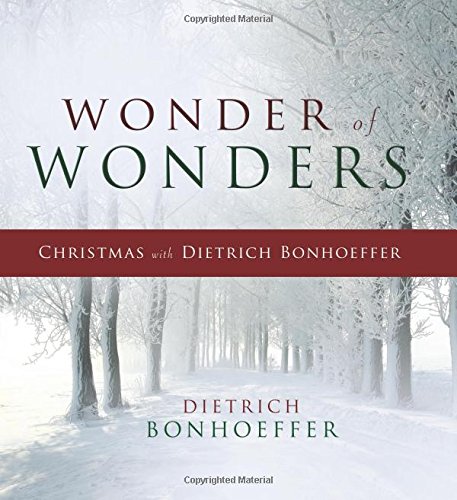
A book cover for Wonder of Wonders: Christmas with Dietrich Bonhoeffer; Dietrich Bonhoeffer; Christian Books & Bibles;